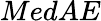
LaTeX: MedAE